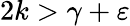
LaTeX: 2k>\gamma+\varepsilon